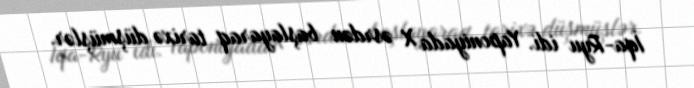
İqa-Ryu idi. Yaponiyada X əsrdən başlayaraq tarixə düşmüşlər.